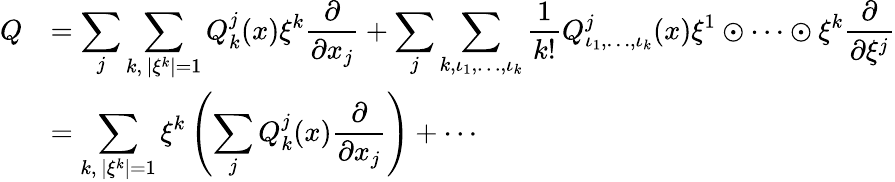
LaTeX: \begin{array}{rl}{Q}&{=\displaystyle{\sum_{j}\sum_{k,\, |\xi^{k}|=1}Q_{k}^{j}(x)\xi^{k}\frac{\partial}{\partial x_{j}}+\sum_{j}\sum_{k,\iota_{1},\ldots,\iota_{k}}\frac{1}{k!}Q_{\iota_{1},\ldots,\iota_{k}}^{j}(x)\xi^{1}\odot\cdots\odot\xi^{k}\frac{\partial}{\partial\xi^{j}}}}\\ &{=\displaystyle{\sum_{k,\, |\xi^{k}|=1}\xi^{k}\left(\sum_{j}Q_{k}^{j}(x)\frac{\partial}{\partial x_{j}}\right)+\cdots}}\end{array}